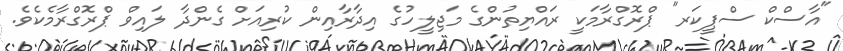
"އާސްކް ސްޕީކަރ" ޕްރޮގްރާމަކީ ރައްޔިތުންގެ މަޖިލީހުގެ އިދާރާއިން ކުރިއަށް ގެންދާ ލައިވް ޕްރޮގްރާމެކެވެ.